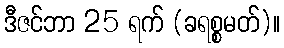
ဒီဇင်ဘာ 25 ရက် (ခရစ္စမတ်)။